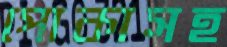
পোকাসহ